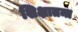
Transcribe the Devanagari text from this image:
शिक्षातन्त्र